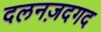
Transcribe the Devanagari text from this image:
दलनज़दगद